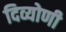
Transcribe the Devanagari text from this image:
दिव्योणी